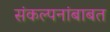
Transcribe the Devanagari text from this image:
संकल्पनांबाबत